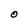
Character: O